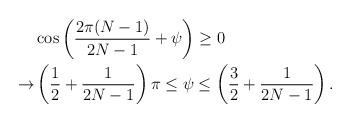
LaTeX: \begin{align*} & \cos \left ( \frac{2\pi (N-1)}{2N-1} +\psi\right )\geq 0 \\ \rightarrow & \left ( \frac{1}{2}+\frac{1}{2N-1}\right )\pi \leq \psi \leq \left ( \frac{3}{2}+\frac{1}{2N-1}\right ).\end{align*}